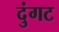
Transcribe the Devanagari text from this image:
दुंगट